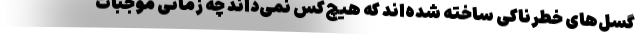
گسل‌های خطرناکی ساخته‌ شده‌‌اند که هیچ‌کس نمی‌داند چه زمانی موجبات